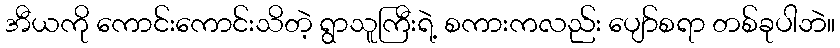
အီယကို ကောင်းကောင်းသိတဲ့ ရွာသူကြီးရဲ့ စကားကလည်း ပျော်စရာ တစ်ခုပါဘဲ။